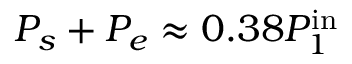
P _ { s } + P _ { e } \approx 0 . 3 8 P _ { 1 } ^ { \mathrm { i n } }